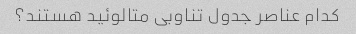
کدام عناصر جدول تناوبی متالوئید هستند؟